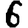
Digit: 6